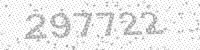
Solution: 297722